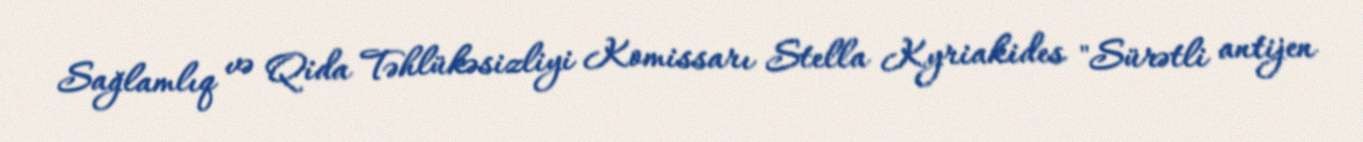
Sağlamlıq və Qida Təhlükəsizliyi Komissarı Stella Kyriakides "Sürətli antijen